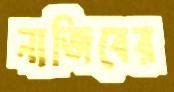
নাজিবের